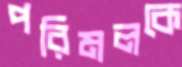
পরিমলকে